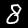
Label: 8